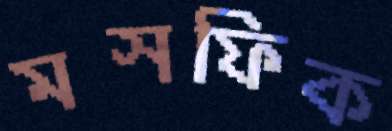
মসফিক